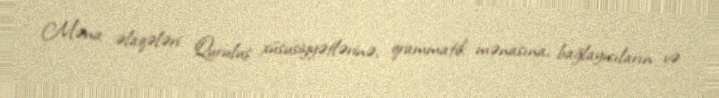
Məna əlaqələri Quruluş xüsusiyyətlərinə, qrammatik mənasına, bağlayıcıların və